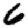
Digit: 6